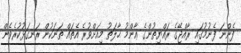
ފެންނަ ފެނުމުގައި ރާއްޖޭގެ ރައްޔިތުންގެ ޢާންމު ޙާލަތު މިއަށްވުރެ އެތައް ތަނަކުން ރަނގަޅުކުރެވެން